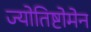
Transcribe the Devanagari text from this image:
ज्योतिष्टोमेन